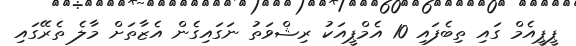
ޕީޕީއެމް ގައި ތިބެފައި 10 އެމްޕީއަކު ރިޝްވަތު ނަގައިގެން އެޒާތަށް މާލެ ތެރޭގައި